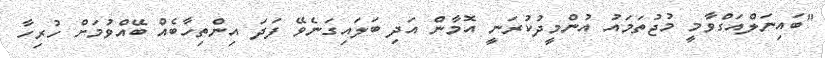
"ބައިނަލްއަގްވާމީ މުޖުތަމައު އުންމީދުކުރަނީ އޮމާން އަދި ބަލައިގަނެވޭ ފަދަ އިންތިހާބެއް ބޭއްވުމަށް ހުރިހާ